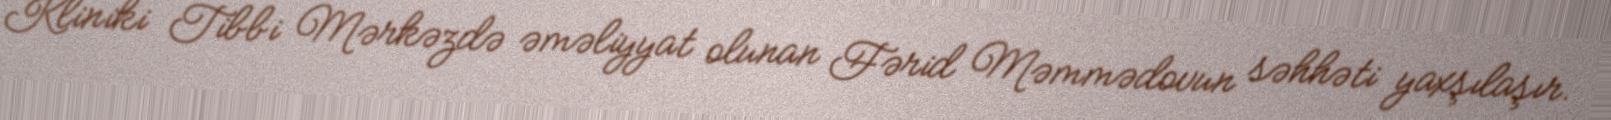
Kliniki Tibbi Mərkəzdə əməliyyat olunan Fərid Məmmədovun səhhəti yaxşılaşır.